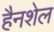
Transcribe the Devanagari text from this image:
हैनशेल